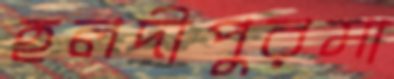
হলদীপুরমা